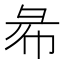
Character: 㣇